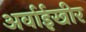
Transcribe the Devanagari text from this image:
अर्वाईखीर